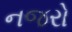
નજરો